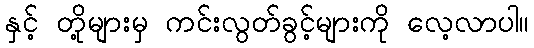
နှင့် တို့များမှ ကင်းလွတ်ခွင့်များကို လေ့လာပါ။